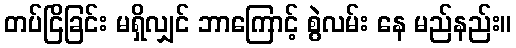
တပ်ငြိခြင်း မရှိလျှင် ဘာကြောင့် စွဲလမ်း နေ မည်နည်း။